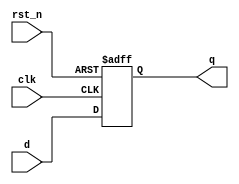
module negative_edge_ff (
    input wire clk,       // Clock input
    input wire rst_n,     // Active-low reset
    input wire d,         // Data input
    output reg q          // Data output
);

// Always block sensitive to the negative edge of clk
always @(negedge clk or negedge rst_n) begin
    if (!rst_n) begin
        // Reset condition: initialize output q to 0
        q <= 1'b0;
    end else begin
        // On negative edge of clk, assign input d to output q
        q <= d;
    end
end

endmodule